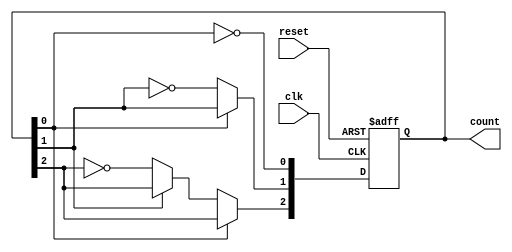
module async_counter (
    input wire clk,           // Clock input
    input wire reset,         // Asynchronous reset input
    output reg [n-1:0] count  // Output count (n bits)
);
    parameter n = 3;          // Number of bits in the counter

    // Always block triggered by the clock and reset
    always @(posedge clk or posedge reset) begin
        if (reset) begin
            count <= 0;       // Reset the count to 0
        end else begin
            count[0] <= ~count[0]; // Toggle LSB
            if (count[0] == 1'b0) begin
                count[1] <= ~count[1]; // Toggle second bit
                if (count[1] == 1'b0) begin
                    count[2] <= ~count[2]; // Toggle third bit
                    // Add more bits if n > 3
                end
            end
        end
    end
endmodule